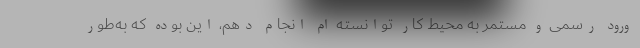
ورود رسمی و مستمر به محیط کار توانسته ام انجام دهم، این بوده که به‌طور